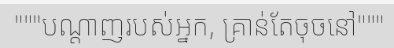
"""បណ្តាញរបស់អ្នក, គ្រាន់តែចុចនៅ"""